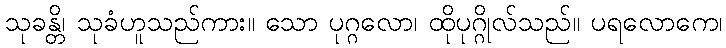
သုခန္တိ၊ သုခံဟူသည်ကား။ သော ပုဂ္ဂလော၊ ထိုပုဂ္ဂိုလ်သည်။ ပရလောကေ၊